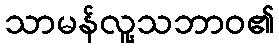
သာမန်လူ့သဘာဝ၏